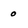
Character: 0